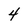
Character: 4